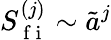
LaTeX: S_{\mathrm{~f~i~}}^{(j)}\sim\tilde{a}^{j}